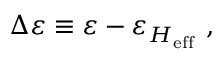
\Delta \varepsilon \equiv \varepsilon - \varepsilon _ { H _ { \mathrm { e f f } } } \ ,